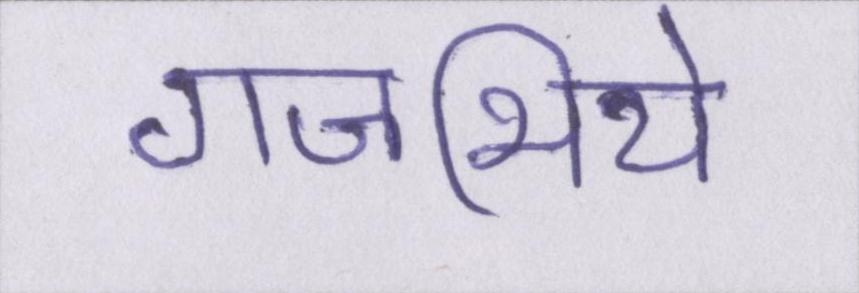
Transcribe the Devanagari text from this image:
गजभिये